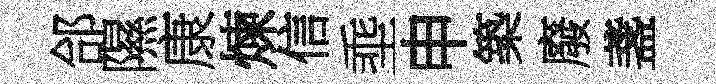
郃隰康煉信埀申築廢盞